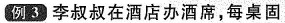
例3 李叔叔在酒店办酒席，每桌固